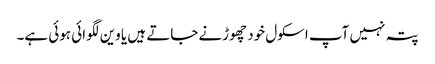
پتہ نہیں آپ اسکول خود چھوڑنے جاتے ہیں یا وین لگوائی ہوئی ہے۔